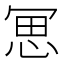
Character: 𠖓